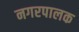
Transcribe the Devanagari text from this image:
नगरपालक